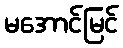
မအောင်မြင်